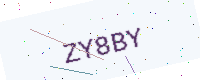
Text: ZY8BY